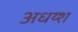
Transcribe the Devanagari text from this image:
अधय्श